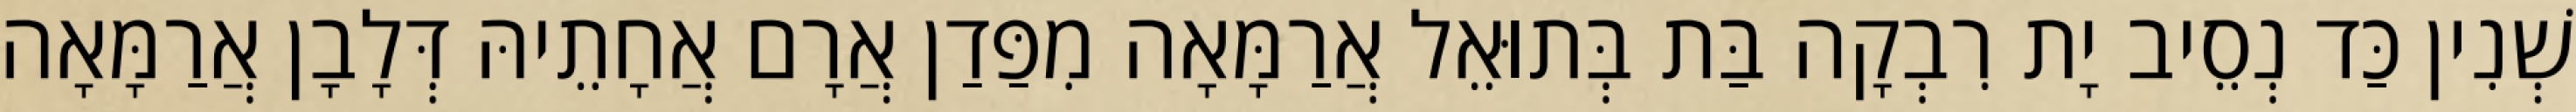
שְׁנִין כַּד נְסֵיב יָת רִבְקָה בַּת בְּתוּאֵל אֲרַמָּאָה מִפַּדַן אֲרָם אֲחָתֵיהּ דְּלָבָן אֲרַמָּאָה